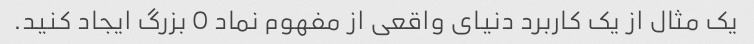
یک مثال از یک کاربرد دنیای واقعی از مفهوم نماد O بزرگ ایجاد کنید.